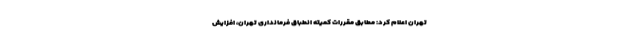
تهران اعلام کرد: مطابق مقررات کمیته انطباق فرمانداری تهران، افزایش